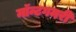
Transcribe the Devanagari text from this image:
मॉन्टगमरी